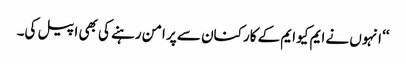
‘‘ انہوں نے ایم کیو ایم کے کارکنان سے پر امن رہنے کی بھی اپیل کی۔